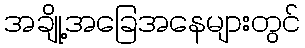
အချို့အခြေအနေများတွင်